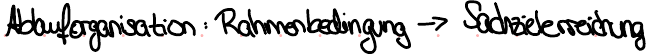
Ablauforganisation : Rahmenbedingung -> Sachzielerreichung